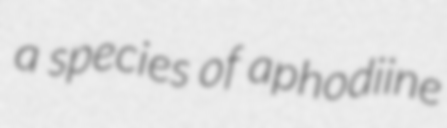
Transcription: a species of aphodiine